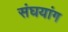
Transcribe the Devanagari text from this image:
संघयांग